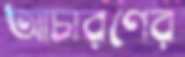
আচারণের